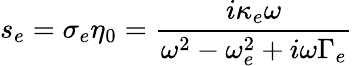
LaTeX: s_{e}=\sigma_{e}\eta_{0}=\frac{i\kappa_{e}\omega}{\omega^{2}-\omega_{e}^{2}+i\omega\Gamma_{e}}